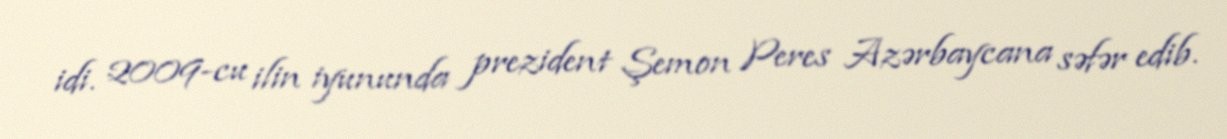
idi. 2009-cu ilin iyununda prezident Şemon Peres Azərbaycana səfər edib.